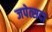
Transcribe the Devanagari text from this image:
जपेत्सदा